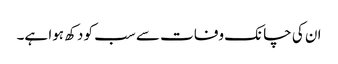
ان کی چانک وفات سے سب کو دکھ ہوا ہے۔